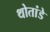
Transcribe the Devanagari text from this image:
थोतांडे